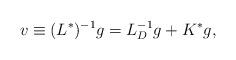
LaTeX: \begin{align*}v\equiv (L^*)^{-1}g=L_D^{-1}g+K^*g,\end{align*}